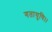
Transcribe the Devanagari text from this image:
गतायुषि।।